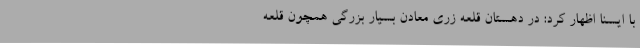
با ایسنا اظهار کرد: در دهستان قلعه زری معادن بسیار بزرگی همچون قلعه